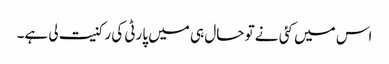
اس میں کئی نے تو حال ہی میں پارٹی کی رکنیت لی ہے۔